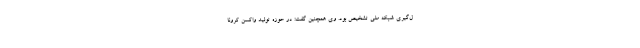
ل‌گیری شبکه ملی تشخیص بود. وی همچنین گفت: در حوزه تولید واکسن کرونا